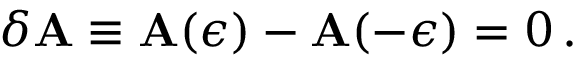
\delta { \bf A } \equiv { \bf A } ( \epsilon ) - { \bf A } ( - \epsilon ) = 0 \, .